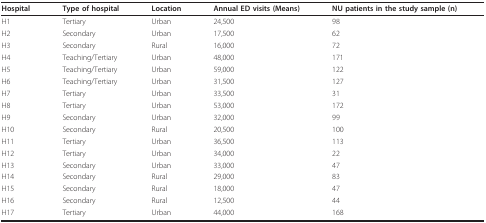
<table><thead><tr><td><b>Hospital</b></td><td><b>Type of hospital</b></td><td><b>Location</b></td><td><b>Annual ED visits (Means) </b></td><td><b>NU patients in the study sample (n)</b></td></tr></thead><tbody><tr><td>H1</td><td>Tertiary</td><td>Urban</td><td>24,500</td><td>98</td></tr><tr><td>H2</td><td>Secondary</td><td>Urban</td><td>17,500</td><td>62</td></tr><tr><td>H3</td><td>Secondary</td><td>Rural</td><td>16,000</td><td>72</td></tr><tr><td>H4</td><td>Teaching/Tertiary</td><td>Urban</td><td>48,000</td><td>171</td></tr><tr><td>H5</td><td>Teaching/Tertiary</td><td>Urban</td><td>59,000</td><td>122</td></tr><tr><td>H6</td><td>Teaching/Tertiary</td><td>Urban</td><td>31,500</td><td>127</td></tr><tr><td>H7</td><td>Tertiary</td><td>Urban</td><td>33,500</td><td>31</td></tr><tr><td>H8</td><td>Tertiary</td><td>Urban</td><td>53,000</td><td>172</td></tr><tr><td>H9</td><td>Secondary</td><td>Urban</td><td>32,000</td><td>99</td></tr><tr><td>H10</td><td>Secondary</td><td>Rural</td><td>20,500</td><td>100</td></tr><tr><td>H11</td><td>Tertiary</td><td>Urban</td><td>36,500</td><td>113</td></tr><tr><td>H12</td><td>Tertiary</td><td>Urban</td><td>34,000</td><td>22</td></tr><tr><td>H13</td><td>Secondary</td><td>Urban</td><td>33,000</td><td>47</td></tr><tr><td>H14</td><td>Secondary</td><td>Rural</td><td>29,000</td><td>83</td></tr><tr><td>H15</td><td>Secondary</td><td>Rural</td><td>18,000</td><td>47</td></tr><tr><td>H16</td><td>Secondary</td><td>Rural</td><td>12,500</td><td>44</td></tr><tr><td>H17</td><td>Tertiary</td><td>Urban</td><td>44,000</td><td>168</td></tr></tbody></table>